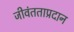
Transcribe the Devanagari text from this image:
जीवंतताप्रदान